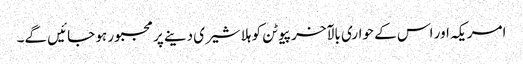
امریکہ اور اس کے حواری بالآخر پیوٹن کو ہلا شیری دینے پر مجبور ہو جائیں گے۔